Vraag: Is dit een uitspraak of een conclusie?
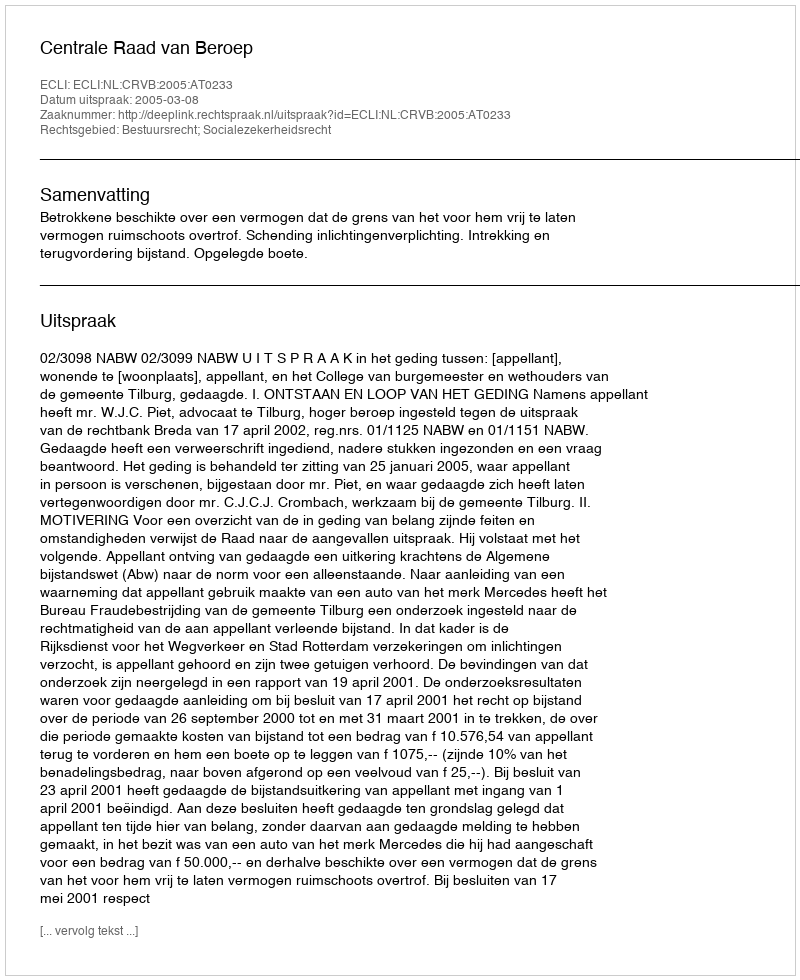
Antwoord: Uitspraak